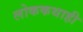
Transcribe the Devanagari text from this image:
लोककथाही